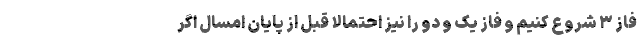
فاز ۳ شروع کنیم و فاز یک و دو را نیز احتمالا قبل از پایان امسال اگر